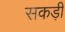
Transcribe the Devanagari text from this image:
सकड़ी